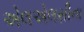
એલએલસીના